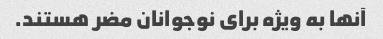
آنها به ویژه برای نوجوانان مضر هستند.